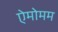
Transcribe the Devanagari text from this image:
ऐमोमम